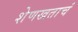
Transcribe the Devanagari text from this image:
शेणखताचं